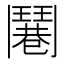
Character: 𩰓